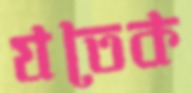
যতেক